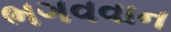
ભગવવાન